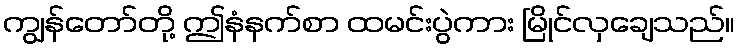
ကျွန်တော်တို့ ဤနံနက်စာ ထမင်းပွဲကား မြိုင်လှချေသည်။